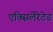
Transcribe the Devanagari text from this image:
एक्सिलेरेटेड